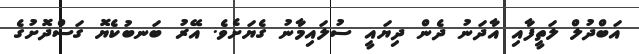
އަބްދުލް ލަތީފާއި އާދަނު ދެން ދިޔައީ ސުލައިމާނު ގެޔަށެވެ. އޭރު ބަނބުކެޔޮ ގަސްދޮށުގެ